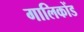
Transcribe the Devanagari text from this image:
गालिकोंड